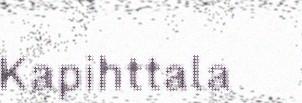
Kapihttala